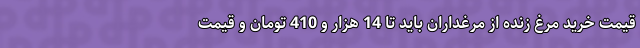
قیمت خرید مرغ زنده از مرغداران باید تا 14 هزار و 410 تومان و قیمت